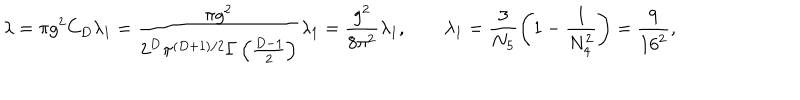
\lambda = \pi g ^ { 2 } C _ { D } \lambda _ { 1 } = \frac { \pi g ^ { 2 } } { 2 ^ { D } \pi ^ { ( D + 1 ) / 2 } \Gamma \left( \frac { D - 1 } { 2 } \right) } \lambda _ { 1 } = \frac { g ^ { 2 } } { 8 \pi ^ { 2 } } \lambda _ { 1 } , \qquad \lambda _ { 1 } = \frac { 3 } { N _ { 5 } } \left( 1 - \frac { 1 } { N _ { 4 } ^ { 2 } } \right) = \frac { 9 } { 1 6 ^ { 2 } } , \,